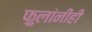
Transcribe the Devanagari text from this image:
फ़ुलांनीही